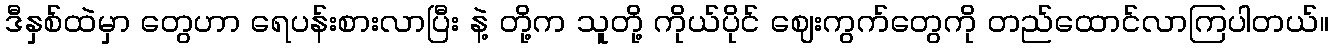
ဒီနှစ်ထဲမှာ တွေဟာ ရေပန်းစားလာပြီး နဲ့ တို့က သူတို့ ကိုယ်ပိုင် ဈေးကွက်တွေကို တည်ထောင်လာကြပါတယ်။